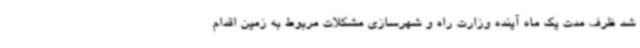
شد ظرف مدت یک ماه آینده وزارت راه و شهرسازی مشکلات مربوط به زمین اقدام